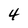
Character: 4